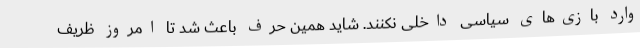
وارد بازی‌های سیاسی داخلی نکنند. شاید همین حرف باعث شد تا امروز ظریف